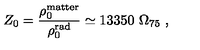
Z _ { 0 } = { \frac { \rho _ { 0 } ^ { \mathrm { m a t t e r } } } { \rho _ { 0 } ^ { \mathrm { r a d } } } } \simeq 1 3 3 5 0 \ \Omega _ { 7 5 } \ ,